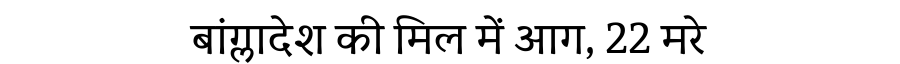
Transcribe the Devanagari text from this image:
बांग्लादेश की मिल में आग, 22 मरे